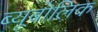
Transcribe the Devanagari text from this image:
ब्यूबोलिक